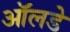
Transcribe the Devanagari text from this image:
ऑलडे